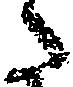
た